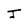
Character: J